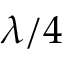
\lambda / 4